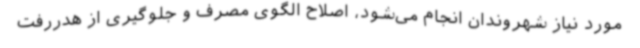
مورد نیاز شهروندان انجام می‌شود، اصلاح الگوی مصرف و جلوگیری از هدررفت